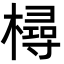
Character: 樳